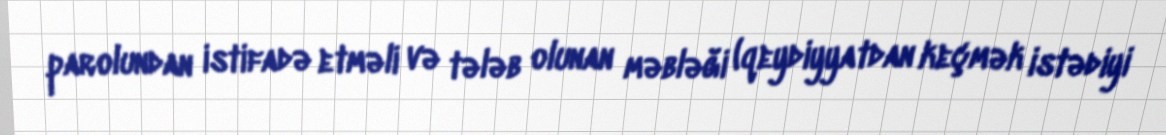
parolundan istifadə etməli və tələb olunan məbləği (qeydiyyatdan keçmək istədiyi